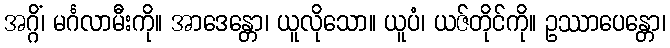
အဂ္ဂိံ၊ မင်္ဂလာမီးကို။ အာဒေန္တော၊ ယူလိုသော။ ယူပံ၊ ယဇ်တိုင်ကို။ ဥဿာပေန္တော၊